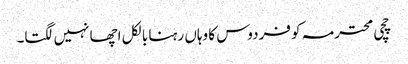
چچی محترمہ کو فردوس کا وہاں رہنا بالکل اچھا نہیں لگتا۔